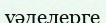
уәделерге